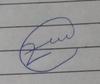
Signature authenticity: genuine